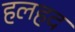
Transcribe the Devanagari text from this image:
हलहद